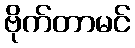
ဗိုက်တာမင်